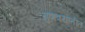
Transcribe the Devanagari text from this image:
गुणत्रयातीत